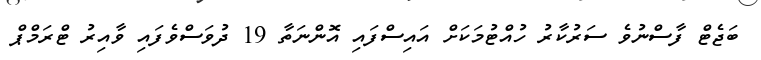
ބަޖެޓް ފާސްނުވެ ސަރުކާރު ހުއްޓުމަކަށް އައިސްފައި އޮންނަތާ 19 ދުވަސްވެފައި ވާއިރު ޓްރަމްޕް